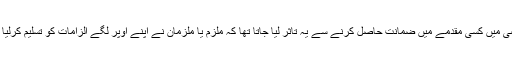
ماضی میں کسی مقدمے میں ضمانت حاصل کرنے سے یہ تاثر لیا جاتا تھا کہ ملزم یا ملزمان نے اپنے اوپر لگے الزامات کو تسلیم کرلیا ہے۔